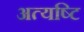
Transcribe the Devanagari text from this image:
अत्यष्टि